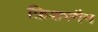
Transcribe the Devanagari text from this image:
फ़िशरमैन